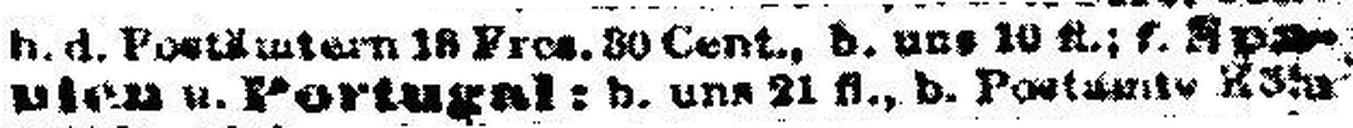
nien & Portugal: b. uns 21 fl., b. Postamte Köln